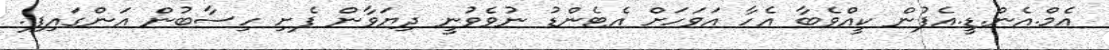
އެމް.އެން.ޑީ.އެފުން ކީއްވެބާ އެހާ އަވަހަށް އެޓެންޑު ނުވެވުނީ ދިޔަވާން ފެށި ހިސާބުން އަންގައިފި.